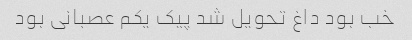
خب بود داغ تحویل شد پیک یکم عصبانی بود